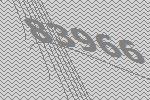
83966